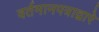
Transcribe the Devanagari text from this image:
वर्तमानपत्राद्वारे